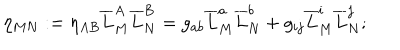
\eta _ { M N } : = \eta _ { A B } \overline { { { L } } } _ { M } ^ { A } \overline { { { L } } } _ { N } ^ { B } = g _ { a b } \overline { { { L } } } _ { M } ^ { a } \overline { { { L } } } _ { N } ^ { b } + g _ { i j } \overline { { { L } } } _ { M } ^ { i } \overline { { { L } } } _ { N } ^ { j } ;